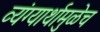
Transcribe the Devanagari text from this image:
व्यंग्यार्थामुळेच